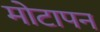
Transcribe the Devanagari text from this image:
मोटापन